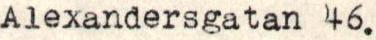
Alexandersgatan 46.